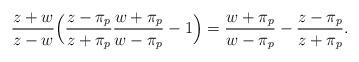
LaTeX: \begin{align*}\frac{z+w}{z-w}\Big(\frac{z-\pi_{p}}{ z+\pi_{p}}\frac{w+\pi_{p}}{ w-\pi_{p}}-1\Big) =\frac{w+\pi_{p}}{ w-\pi_{p}}-\frac{z-\pi_{p}}{ z+\pi_{p}}. \end{align*}